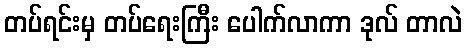
တပ်ရင်းမှ တပ်ရေးကြီး ပေါက်လာကာ ဒုလ် တာလဲ